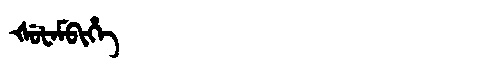
Manchu: ᡧᡠᡶᠠᠮᠪᡳᡥᡝ
Romanization: ŠUFAMBIHE